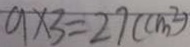
9 \times 3 = 2 7 ( c m ^ { 2 } )